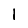
Digit: 1